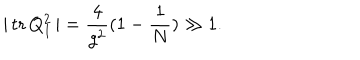
LaTeX: \vert \, \mathrm { t r } \, Q _ { I } ^ { 2 } \, \vert = \frac { 4 } { g ^ { 2 } } ( 1 - \frac { 1 } { N } ) \gg 1 .